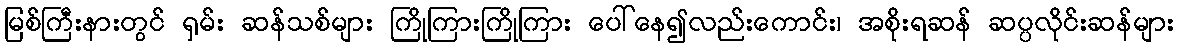
မြစ်ကြီးနားတွင် ရှမ်း ဆန်သစ်များ ကြိုကြားကြိုကြား ပေါ်နေ၍လည်းကောင်း၊ အစိုးရဆန် ဆပ္ပလိုင်းဆန်များ